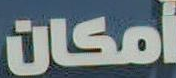
أمكان